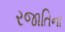
રજાતિના